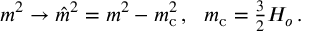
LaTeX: m ^ { 2 } \to \hat { m } ^ { 2 } = m ^ { 2 } - m _ { \mathrm { c } } ^ { 2 } \, , ~ ~ m _ { \mathrm { c } } = { \textstyle { \frac { 3 } { 2 } } } H _ { o } \, .